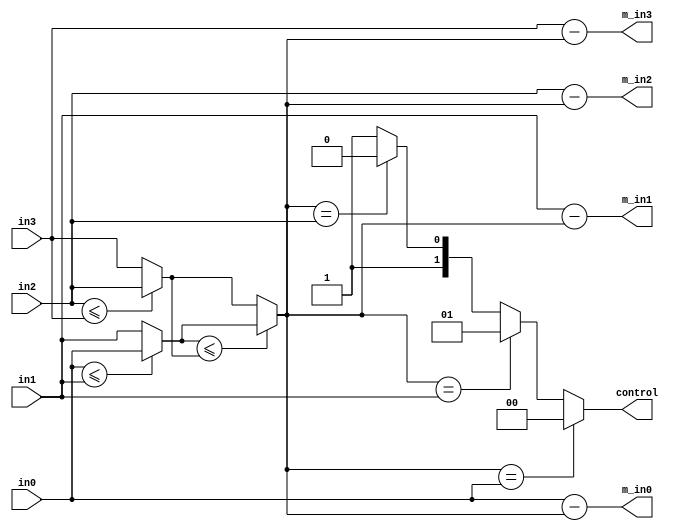
`timescale 1ns / 1ps
//////////////////////////////////////////////////////////////////////////////////
// Company: 
// Engineer: 
// 
// Design Name: 
// Module Name:    reduce 
// Project Name: 
// Target Devices: 
// Tool versions: 
// Description: 
//
// Dependencies: 
//
// Revision: 
// Revision 0.01 - File Created
// Additional Comments: 
//
//////////////////////////////////////////////////////////////////////////////////
module reduce(in0, in1, in2, in3, m_in0, m_in1, m_in2, m_in3, control);
    input [4:0] in0;
    input [4:0] in1;
    input [4:0] in2;
    input [4:0] in3;
    output [4:0] m_in0;
    output [4:0] m_in1;
    output [4:0] m_in2;
    output [4:0] m_in3;
    output [1:0] control;
	wire [4:0] smallest;
function [4:0] find_smallest;
input [4:0] in0,in1,in2,in3; reg [4:0] a,b;
begin
if(in0 <= in1) a = in0; else a = in1;
if(in2 <= in3) b = in2; else b = in3;
if(a <= b) find_smallest = a;
else find_smallest = b;
end
endfunction
function [1:0] smallest_no;
input [4:0] in0,in1,in2,in3,smallest;
begin
if(smallest == in0) smallest_no = 0;
else if (smallest == in1) smallest_no = 1;
else if (smallest == in2) smallest_no = 2;
else smallest_no = 3;
end
endfunction
assign smallest = find_smallest(in0,in1,in2,in3);
assign m_in0 = in0 - smallest;
assign m_in1 = in1 - smallest;
assign m_in2 = in2 - smallest;
assign m_in3 = in3 - smallest;
assign control = smallest_no(in0,in1,in2,in3,smallest);

endmodule